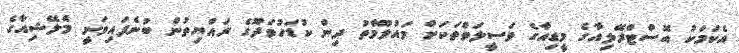
އެކަމަކު އޮސްޓްރޭލިއާގެ މީޑިއާގެ ވަސީލަތްތަކަށް މައުލޫމާތު ދިން ކުޑަހުވަދޫގެ ރައްޔިތުން ބުނެފައިވަނީ މެލޭޝިއާގެ